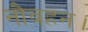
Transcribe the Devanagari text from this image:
नौवहन।